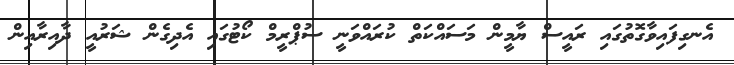
އެނގިފައިވާގޮތުގައި ރައީސް ޔާމީން މަސައްކަތް ކުރައްވަނީ ސުޕްރީމް ކޯޓުގައި އެދިގެން ޝަރުއީ ދާއިރާއިން